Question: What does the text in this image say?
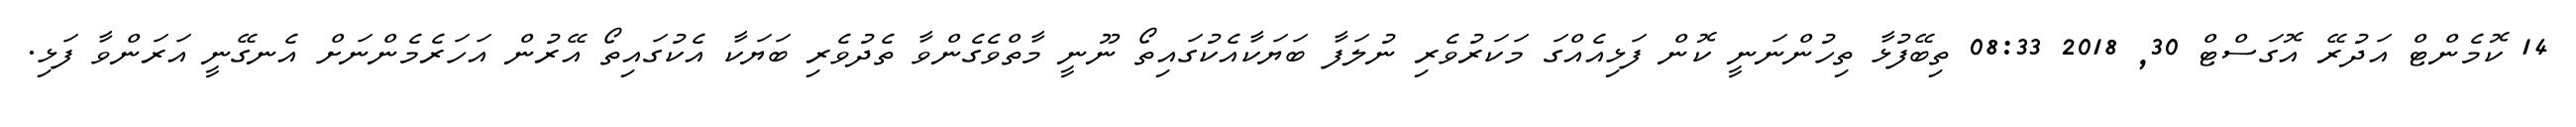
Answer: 14 ކޮމެންޓް އަދުރޭ އޮގަސްޓް 30, 2018 08:33 ތިބޭފުޅާ ތިހުންނަނީ ކޮން ފަޅިއެއްގަ މަކަރުވެރި ނުލަފާ ބަޔަކާއެކުގައިތޯ ނޫނީ މާތްވެގެންވާ ތެދުވެރި ބަޔަކާ އެކުގައިތޯ އޭރުން އަހަރެމެންނަށް އެނގޭނީ އަރަންވާ ފަޅި.